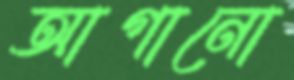
আগানো